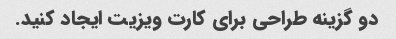
دو گزینه طراحی برای کارت ویزیت ایجاد کنید.